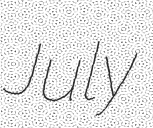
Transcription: July